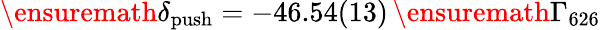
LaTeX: \ensuremath{\delta_{\mathrm{push}}}=-46.54(13)\, \ensuremath{\Gamma_{626}}